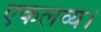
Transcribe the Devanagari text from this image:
एकलव्य।